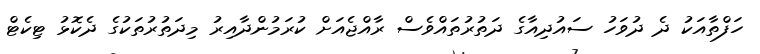
ހަފްތާއަކު ދެ ދުވަހު ސައުދިއާގެ ދަތުރުތައްވެސް ރާއްޖެއަށް ކުރަމުންދާއިރު މިދަތުރުތަކުގެ ދެކޮޅު ޓިކެޓް